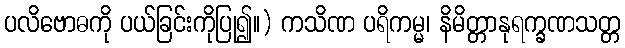
ပလိဗောဓကို ပယ်ခြင်းကိုပြု၍။) ကသိဏ ပရိကမ္မ၊ နိမိတ္တာနုရက္ခဏသတ္တ